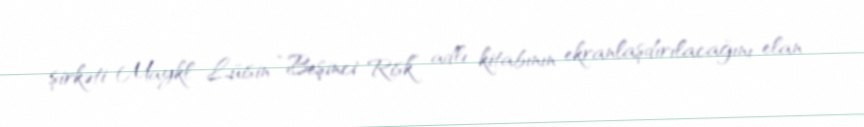
şirkəti Maykl Lüisin “Beşinci Risk” adlı kitabının ekranlaşdırılacağını elan